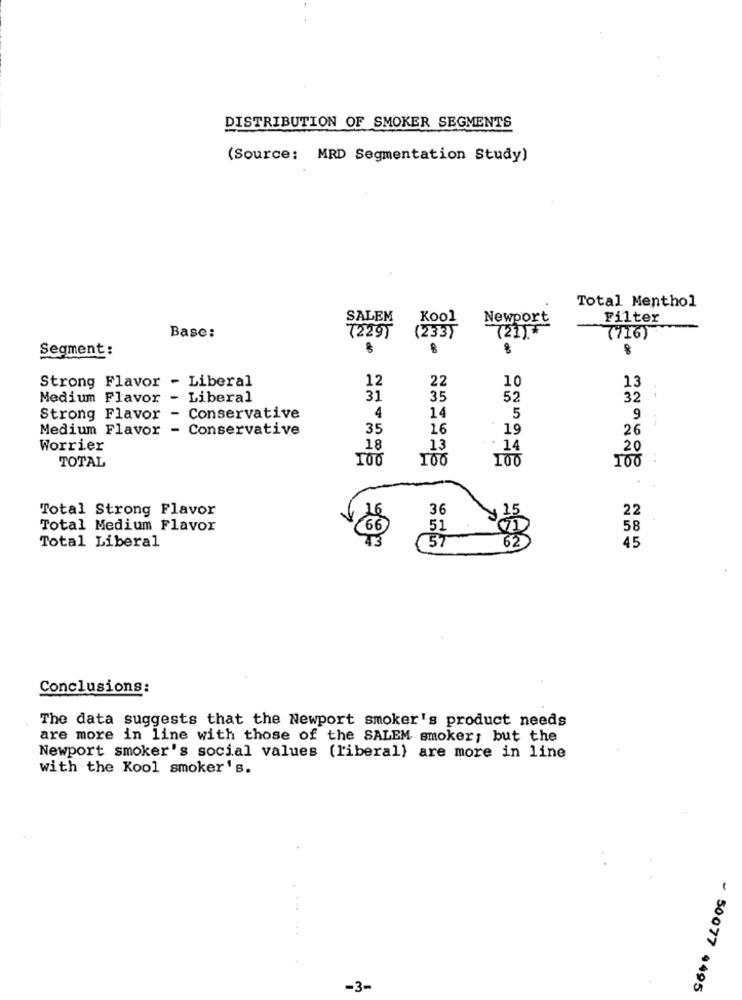
DISTRIBUTION OF SMOKER SEGMENTS
(Source: MRD Segmentation Study)
Total Menthol
SALEM
Kool
Newport
Filter
(21)*
Base:
(229)
(233)
(716)
Segment:
de
Strong Flavor - Liberal
12
22
10
13
Medium Flavor - Liberal
31
35
52
32
5
Strong Flavor - Conservative
4
14
9
Medium Flavor - Conservative
35
16
1
26
Worrier
18
13
14
20
100
100
100
TOTAL
Total Strong Flavor
36
15
22
16
Total Medium Flavor
66
51
58
43
57
62
Total Liberal
45
Conclusions:
The data suggests that the Newport smoker's product needs
are more in line with those of the SALEM smoker; but the
Newport smoker's social values (liberal) are more in line
with the Kool smoker's.
-3-
~ 50077 4495